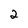
Character: 2